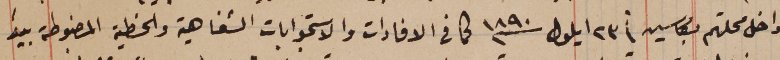
داخل محلتهم بكاسين فى ٢٣ ايلول سنة ١٨٩٠ كما في الافادات والاستجوابات الشفاهية والخطية المضبوطة بيدَ